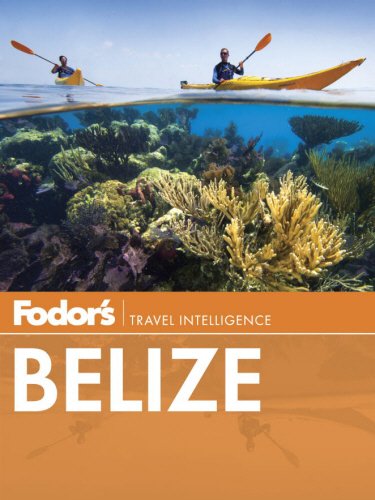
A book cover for Fodor's Belize: with a Side Trip to Guatemala (Travel Guide); Lan Sluder; Travel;